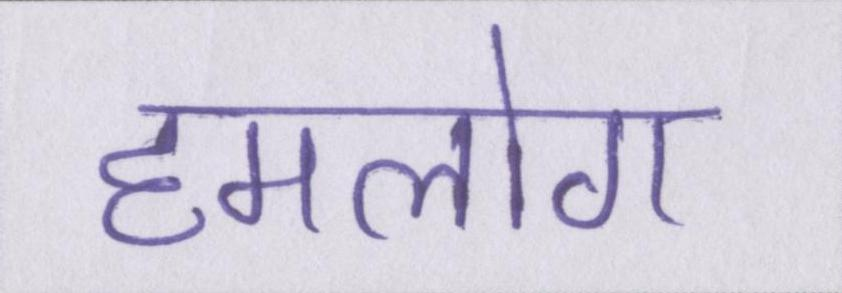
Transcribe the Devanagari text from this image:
हमलोग